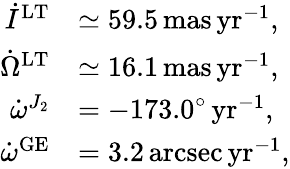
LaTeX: \begin{array}{rl}{\dot{I}^{\mathrm{LT}}}&{\simeq 59.5\, \mathrm{mas\, yr}^{-1},}\\ {\dot{\Omega}^{\mathrm{LT}}}&{\simeq 16.1\, \mathrm{mas\, yr}^{-1},}\\ {\dot{\omega}^{J_{2}}}&{=-173.0^{\circ}\, \mathrm{yr}^{-1},}\\ {\dot{\omega}^{\mathrm{GE}}}&{=3.2\, \mathrm{arcsec\, yr}^{-1},}\end{array}